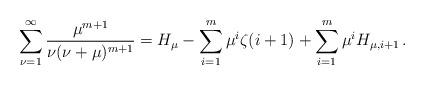
LaTeX: \begin{align*}\sum_{\nu = 1}^\infty {\frac{\mu ^{m + 1}}{{\nu (\nu + \mu )^{m + 1} }}} = H_\mu - \sum_{i = 1}^m {\mu ^i \zeta (i + 1)} + \sum_{i = 1}^m {\mu ^i H_{\mu ,i + 1} }\,.\end{align*}